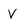
Character: v